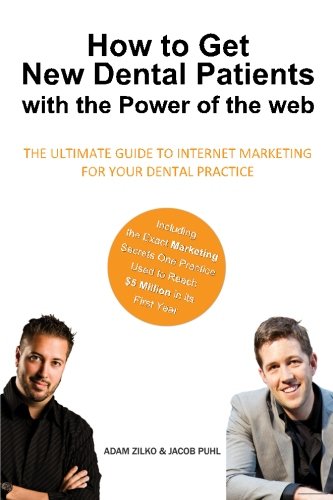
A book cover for How to Get New Dental Patients with the Power of the Web - Including the Exact Marketing Secrets One Practice Used to Reach $5,000,000 in its First ... Internet Marketing for Your Dental Practice; Adam Zilko; Medical Books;